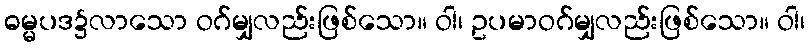
ဓမ္မပဒ၌လာသော ဝဂ်မျှလည်းဖြစ်သော။ ဝါ၊ ဥပမာဝဂ်မျှလည်းဖြစ်သော။ ဝါ၊